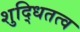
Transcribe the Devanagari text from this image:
शुद्धितत्व